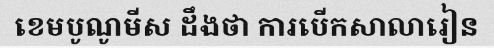
ខេមបូណូមីស ដឹងថា ការបើកសាលារៀន